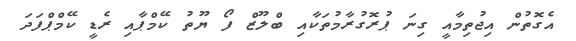
އެގޮތުން އިޖުތިމާއީ ގިނަ ޕުރޮގުރާމުތަކާއި ބްލޫޒް ފޯ ޔޫތު ކޭމްޕާއި ރެޑީ ކޭމްޕްފަދަ